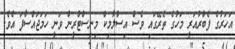
އަހަރުގެ ފެބްރުއަރީ މަހުގެ ތެރޭގައި ވެސް އިސްލާމިކް މިނިސްޓްރީން ވަނީ ހަމަޖައްސާފަ އެވެ.